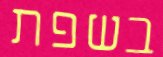
בשפת